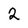
Character: 2